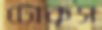
টোকস